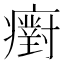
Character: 𤻫